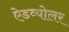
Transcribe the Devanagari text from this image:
ऐडव्योलर